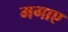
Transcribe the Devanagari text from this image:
मगाए